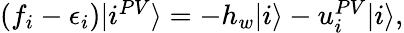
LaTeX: \begin{array}{r}{(f_{i}-\epsilon_{i})|i^{PV}\rangle=-h_{w}|i\rangle-u_{i}^{PV}|i\rangle,}\end{array}